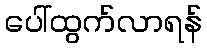
ပေါ်ထွက်လာရန်